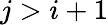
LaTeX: j>i+1